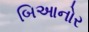
બિઆનોર